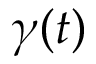
\gamma ( t )